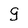
Character: g